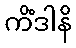
ကိံဒါနိ